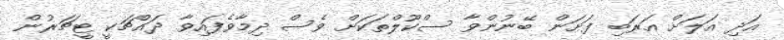
އަދި އަލަށް އަރަބި ފަށަން ބޭނުންވާ ސްކޫލްތަކަށް ވެސް ދިމާވެފައިވާ ދައްޗަކީ ޓީޗަރުން